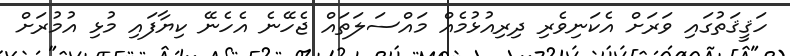
ހަޤީޤަތުގައި ވަރަށް އެކަނިވެރި ދިރިއުޅުމެއް މައްސަލަތައް ޖެހޭނެ އެހެނޭ ކިޔާފައި މުޅި އުމުރަށް